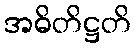
အဓိတိဋ္ဌတိ